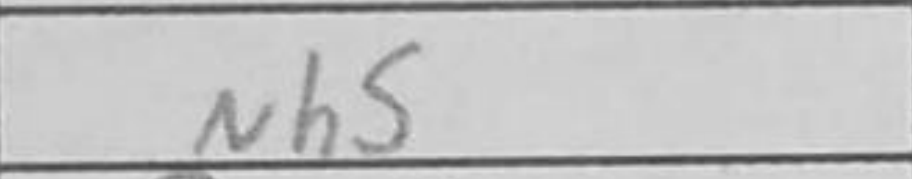
Transcription: Nh5